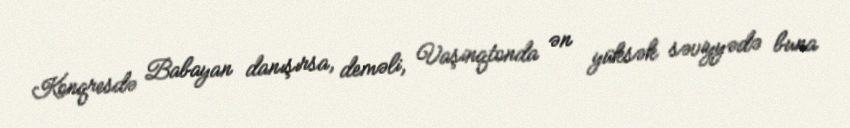
Konqresdə Babayan danışırsa, deməli, Vaşinqtonda ən yüksək səviyyədə buna